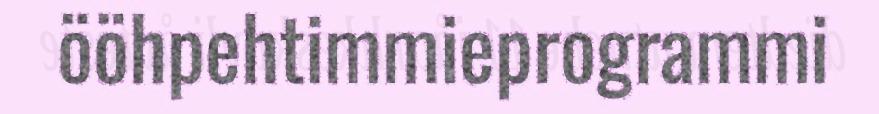
ööhpehtimmieprogrammi